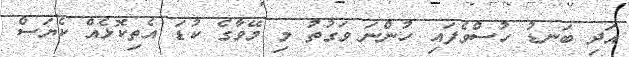
އަދި ބަނޑު ހުސްވެފައި ހުންނަ ވަގުތު މި މޭވާގެ ކުޑަ އެތިކޮޅެއް ކެޔަސް